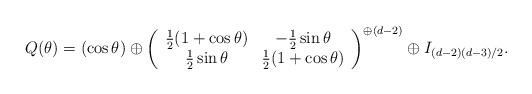
LaTeX: \begin{align*} Q(\theta) = (\cos\theta) \oplus \left(\begin{array}{cc}\frac12(1+\cos\theta)& - \frac12\sin\theta\\\frac12\sin\theta&\frac12(1+\cos\theta)\end{array}\right)^{\oplus(d-2)}\oplus I_{(d-2)(d-3)/2}.\end{align*}